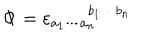
\mathbf { \Phi } = \varepsilon _ { a _ { 1 } \cdots a _ { n } } ^ { \qquad b _ { 1 } \cdots b _ { n } }